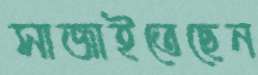
সাজাইতেছেন